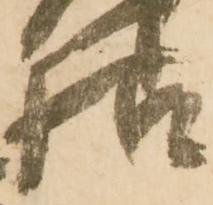
様